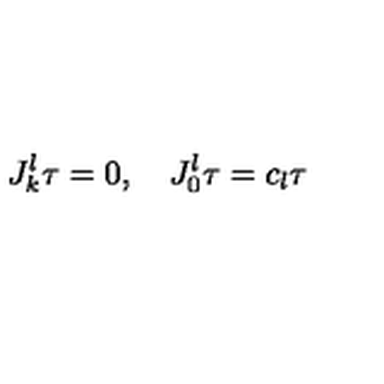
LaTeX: J _ { k } ^ { l } \tau = 0 , \quad J _ { 0 } ^ { l } \tau = c _ { l } \tau